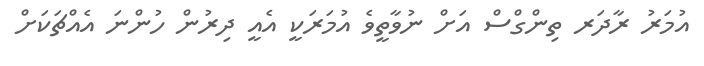
އުމަރު ރާދަރ ތިންގްސް އަށް ނުވާތީވެ އުމަރަކީ އެއީ ދިރުން ހުންނަ އެއްޗަކަށް